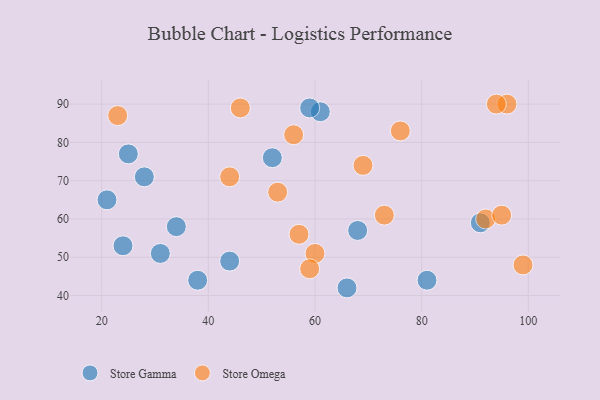
{"axis": {"x": "GDP", "y": "Life Expectancy"}, "legend": ["Store Gamma", "Store Omega"], "data": [{"x": "21", "y": 65, "type": "Store Gamma"}, {"x": "81", "y": 44, "type": "Store Gamma"}, {"x": "44", "y": 49, "type": "Store Gamma"}, {"x": "28", "y": 71, "type": "Store Gamma"}, {"x": "91", "y": 59, "type": "Store Gamma"}, {"x": "61", "y": 88, "type": "Store Gamma"}, {"x": "52", "y": 76, "type": "Store Gamma"}, {"x": "31", "y": 51, "type": "Store Gamma"}, {"x": "66", "y": 42, "type": "Store Gamma"}, {"x": "25", "y": 77, "type": "Store Gamma"}, {"x": "38", "y": 44, "type": "Store Gamma"}, {"x": "68", "y": 57, "type": "Store Gamma"}, {"x": "24", "y": 53, "type": "Store Gamma"}, {"x": "59", "y": 89, "type": "Store Gamma"}, {"x": "34", "y": 58, "type": "Store Gamma"}, {"x": "92", "y": 60, "type": "Store Omega"}, {"x": "56", "y": 82, "type": "Store Omega"}, {"x": "95", "y": 61, "type": "Store Omega"}, {"x": "23", "y": 87, "type": "Store Omega"}, {"x": "57", "y": 56, "type": "Store Omega"}, {"x": "60", "y": 51, "type": "Store Omega"}, {"x": "96", "y": 90, "type": "Store Omega"}, {"x": "44", "y": 71, "type": "Store Omega"}, {"x": "73", "y": 61, "type": "Store Omega"}, {"x": "76", "y": 83, "type": "Store Omega"}, {"x": "59", "y": 47, "type": "Store Omega"}, {"x": "99", "y": 48, "type": "Store Omega"}, {"x": "94", "y": 90, "type": "Store Omega"}, {"x": "53", "y": 67, "type": "Store Omega"}, {"x": "69", "y": 74, "type": "Store Omega"}, {"x": "46", "y": 89, "type": "Store Omega"}]}